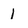
Character: 1